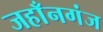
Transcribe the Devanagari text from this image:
जहाँनगंज